Indian journal of veterinary science and animal husbandry - Volume 3,
Year: 1933
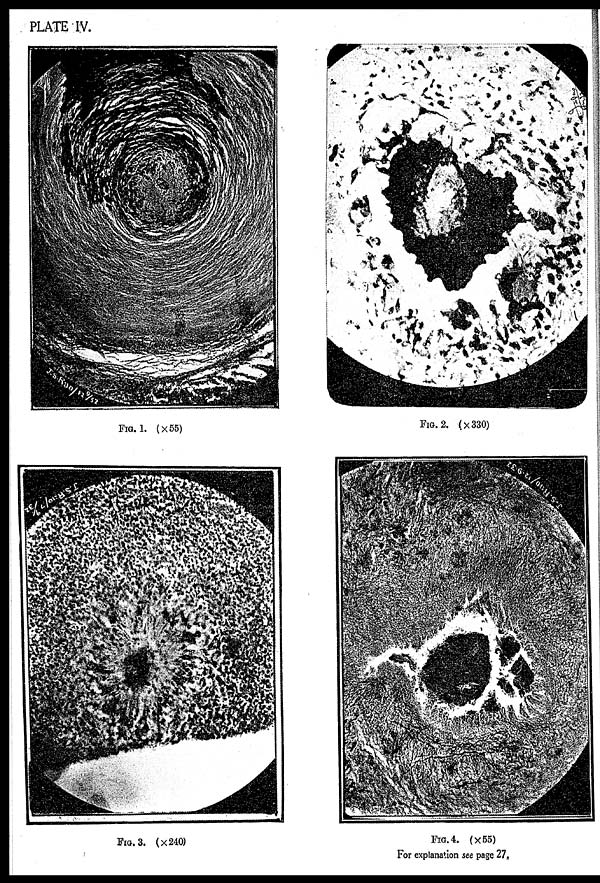
PLATE IV.
FIG. 1. (× 55)
FIG. 2. (× 330)
FIG. 3. (× 240)
FIG. 4. (× 55)
For explanation see page 27.